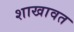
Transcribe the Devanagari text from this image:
शाखावत